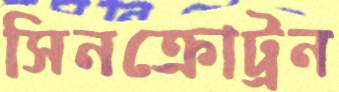
সিনক্রোট্রন